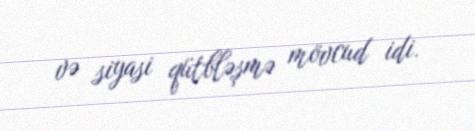
və siyasi qütbləşmə mövcud idi.